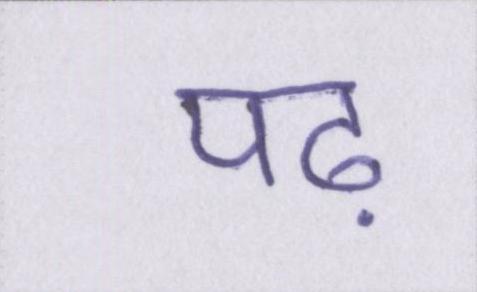
पढ़